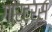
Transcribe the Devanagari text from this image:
गार्टर्स्